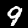
Label: 9